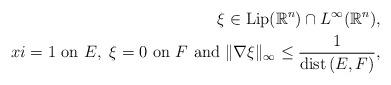
LaTeX: \begin{align*}\xi\in{\rm Lip}({\mathbb{R}}^n)\cap L^\infty({\mathbb{R}}^n),\\xi=1\mbox{ on }E,\ \xi=0\mbox{ on }F\mbox{ and } \|\nabla\xi\|_\infty\le\frac{1}{{\rm dist}\,(E,F)} ,\end{align*}